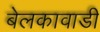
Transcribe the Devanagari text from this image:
बेलकावाडी